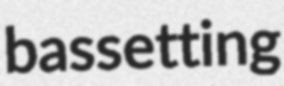
bassetting